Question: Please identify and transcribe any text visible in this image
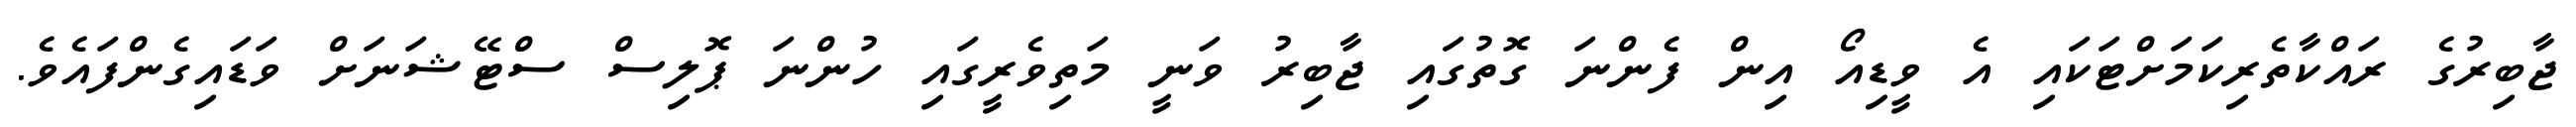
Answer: ޖާބިރުގެ ރައްކާތެރިކަމަށްޓަކައި އެ ވީޑިއޯ އިން ފެންނަ ގޮތުގައި ޖާބިރު ވަނީ މަތިވެރީގައި ހުންނަ ޕޮލިސް ސްޓޭޝަނަށް ވަޑައިގެންފައެވެ.